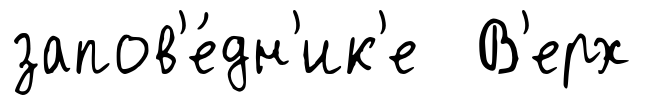
запов'е́дн'ик'е В'ерх